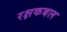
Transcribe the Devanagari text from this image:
रक्षकबल